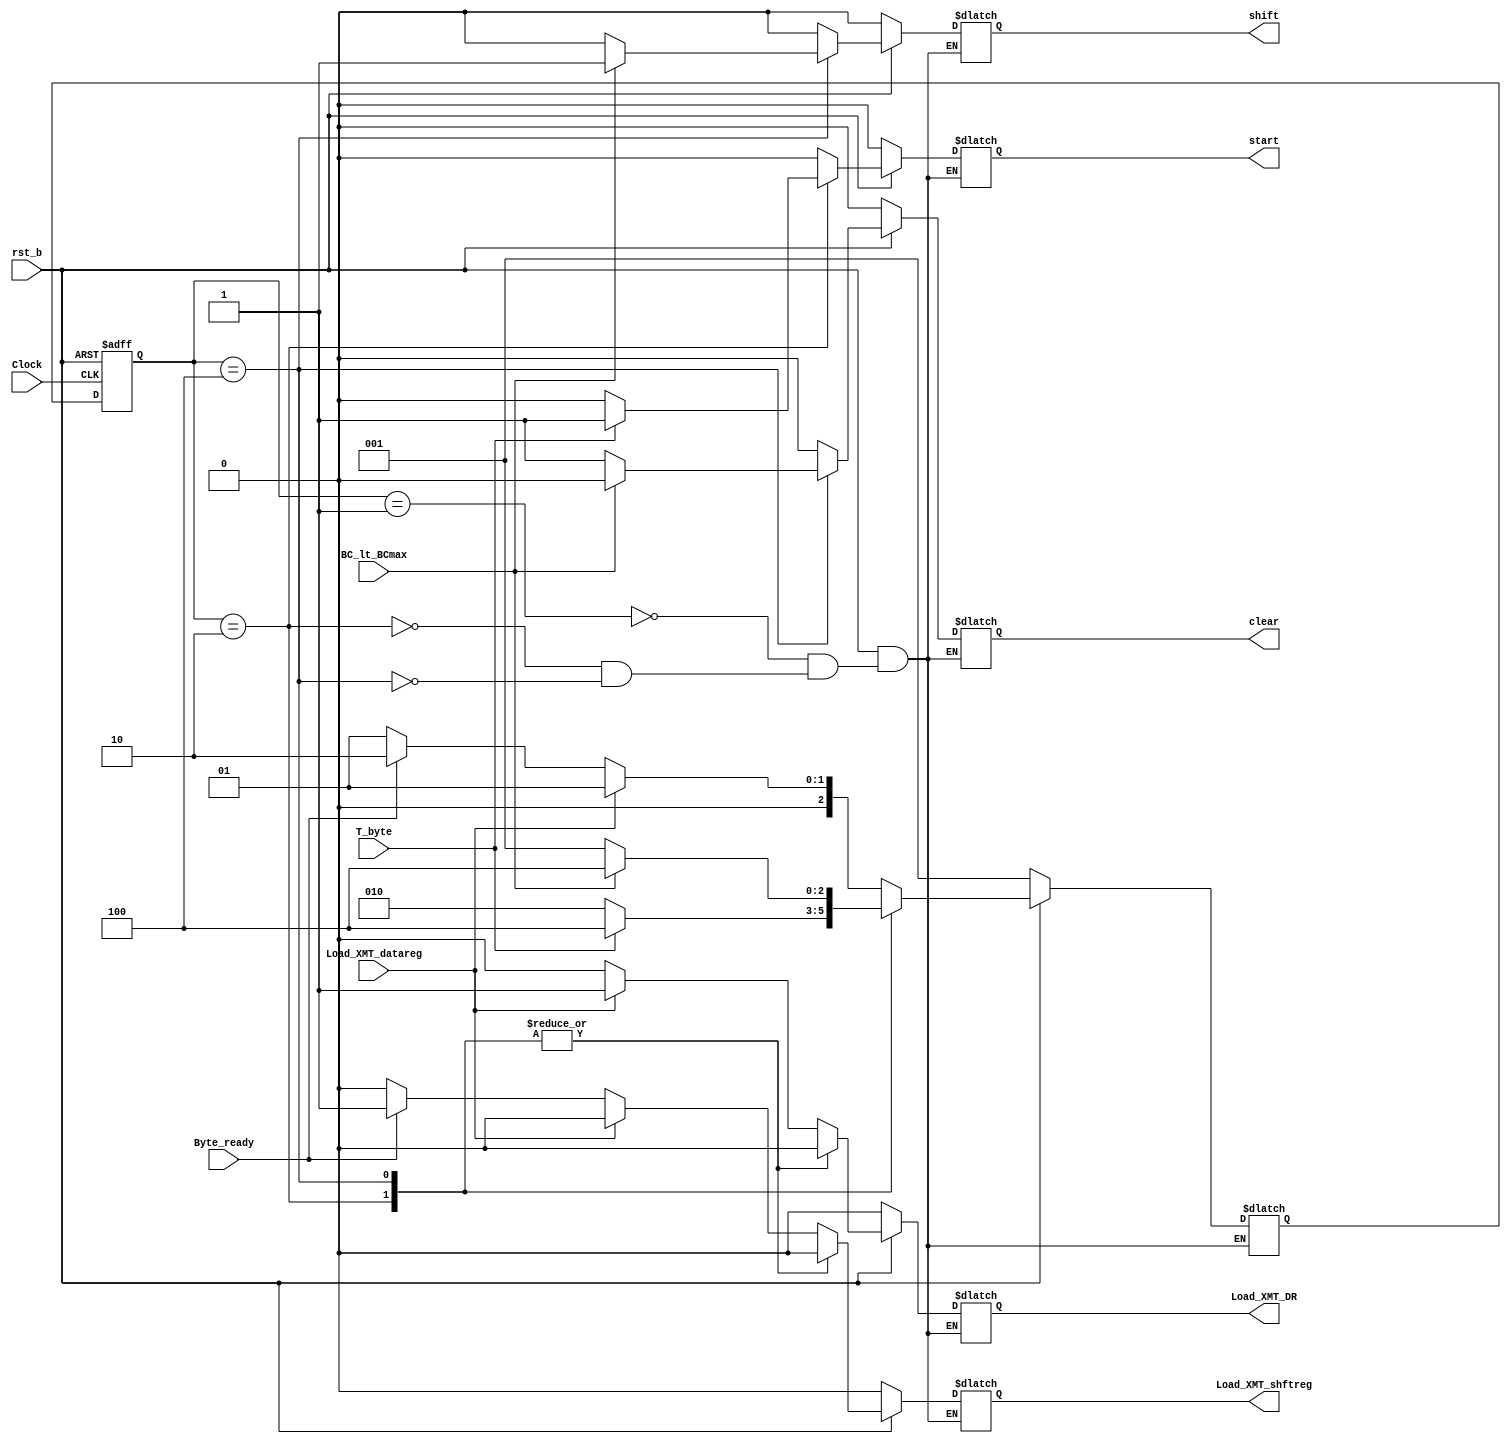
// Module Definition
module Control_Unit (
	Load_XMT_DR,			// Loads Data_Bus into XMT_datareg
	Load_XMT_shftreg,			// Loads XMT_datareg into XMT_shftreg
	start,				// Launches shifting of bits in XMT_shftreg
	shift,				// Shifts bits in XMT_shftreg
	clear,				// Clears bit_count after last bit is sent

	Load_XMT_datareg,			// Asserts Load_XMT_DR in state idle
	Byte_ready,				// Asserts Load_XMT_shftreg in state idle
	T_byte,				// Asserts start signal in state waiting
	BC_lt_BCmax,			// Indicates status of bit counter
	Clock,
	rst_b
	);
	
	// Declare internal parameters (You may use these parameters.)
        parameter       one_hot_count = 3;              // Number of one-hot states
        parameter       state_count = one_hot_count;    // Number of bits in state register
        parameter       size_bit_count = 3;             // Size of the bit counter, e.g., 4
        parameter       idle = 3'b001;                  // one-hot state encoding
        parameter       waiting = 3'b010;
        parameter       sending = 3'b100;
        parameter       all_ones = 9'b1_1111_1111;      // Word + 1 extra bit

        // Declare input/output
        output          Load_XMT_DR;                    // Loads Data_Bus into XMT_datareg
        output          Load_XMT_shftreg;               // Loads XMT_datareg into XMT_shftreg
        output          start;                          // Launches shifting of bits in XMT_shftreg
        output          shift;                          // Shifts bits in XMT_shftreg
        output          clear;                          // Clears bit_count after last bit is sent
        reg		    Load_XMT_DR, Load_XMT_shftreg, start, shift, clear;

        input           Load_XMT_datareg;               // Asserts Load_XMT_DR in state idle
        input           Byte_ready;                     // Asserts Load_XMT_shftreg in state idle
        input           T_byte;                         // Asserts start signal in state waiting
        input           BC_lt_BCmax;                    // Indicates status of bit counter
        input           Clock;
        input           rst_b;

	// Declare internal reg variable
	reg [state_count-1:0]	state, next_state;	// State machine controller

	// Control Unit for UART Transmitter
	always @ (Load_XMT_datareg or Byte_ready or T_byte or BC_lt_BCmax or rst_b)
	begin
		// -----------------------------------
		// Insert your code here
		// -----------------------------------
                if(!rst_b)
                    begin
                    start <= 0;
                    shift <= 0;
                    clear <= 0;
                    Load_XMT_DR <= 0;
                    Load_XMT_shftreg <= 0;
                    next_state <= idle;
                    end
                else
                    // do a switch case based on state
                    case(state)
                        idle:
                            if(Load_XMT_datareg)
                                begin
                                Load_XMT_DR <= 1; // load data in datapath
                                Load_XMT_shftreg <= 0;
                                shift <= 0;
                                start <= 0;
                                clear <= 0; // reset from when we finished
                                next_state <= idle;
                                end
                            else if(Byte_ready)
                                begin
                                // Ready to go so change state and assert
                                next_state <= waiting;
                                Load_XMT_DR <= 0;
                                Load_XMT_shftreg <= 1;
                                shift <= 0;
                                start <= 0;
                                clear <= 0; // reset from when we finished
                                end
                            else 
                                begin
                                shift <= 0;
                                start <= 0;
                                clear <= 0; // reset from when we finished
                                Load_XMT_shftreg <= 0;
                                Load_XMT_DR <= 0;
                                next_state <= idle;
                                end
                        waiting:
                        begin
                            if(T_byte)
                                begin 
                                // Byte is good so time to send
                                start <= 1;
                                shift <= 0;
                                clear <= 0;
                                Load_XMT_shftreg <= 0;
                                Load_XMT_DR <= 0;
                                next_state <= sending;
                                end
                            else 
                                begin
                                start <= 0;
                                shift <= 0;
                                clear <= 0;
                                Load_XMT_shftreg <= 0;
                                Load_XMT_DR <= 0;
                                next_state <= waiting;
                                end
                        end

                        sending:
                        begin
                            if(!BC_lt_BCmax)
                                begin
                                // We finished transmitting so reset
                                start <= 0; // We already started so pull it down
                                shift <= 0;
                                clear <= 1;
                                Load_XMT_shftreg <= 0;
                                Load_XMT_DR <= 0;
                                next_state <= idle;
                                end
                            else
                                // Still transmitting
                                begin
                                start <= 0; // We already started so pull it down
                                shift <= 1;
                                clear <= 0;
                                Load_XMT_shftreg <= 0;
                                Load_XMT_DR <= 0;
                                next_state <= sending;
                                end
                        end
                    endcase
	end

	// Sequential Block
	always @ (posedge Clock or negedge rst_b) 
	begin
		if(rst_b == 1'b0)
			state <= idle;
		else
			state <= next_state;
	end
endmodule